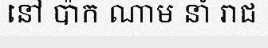
នៅ ប៉ាក ណាម នាំ រាជ